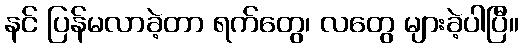
နင် ပြန်မလာခဲ့တာ ရက်တွေ၊ လတွေ များခဲ့ပါပြီ။